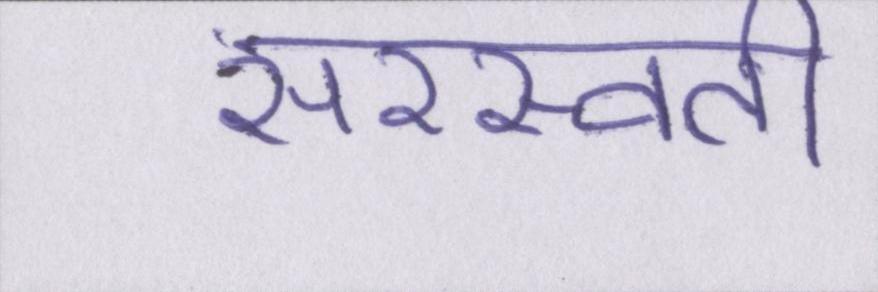
सरस्वती